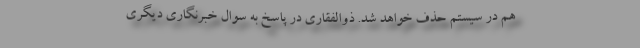
هم در سیستم حذف خواهد شد. ذوالفقاری در پاسخ به سوال خبرنگاری دیگری